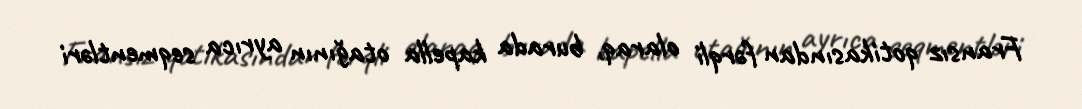
Fransız qotikasından fərqli olaraq, burada kapella otağının ayrıca seqmentləri